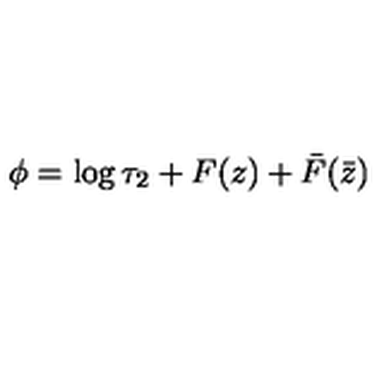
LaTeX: \phi = \log \tau _ { 2 } + F ( z ) + \bar { F } ( \bar { z } )